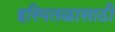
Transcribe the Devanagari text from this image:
इस्पितळासाठी